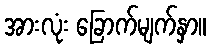
အားလုံး ခြောက်မျက်နှာ။